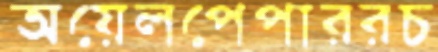
অয়েলপেপাররচ